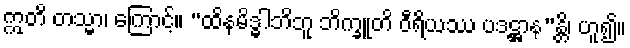
ဣတိ တသ္မာ၊ ကြောင့်။ “ထိနမိဒ္ဓါဘိဘူ ဘိက္ခူတိ ဝီရိယဿ ပဒဋ္ဌာန”န္တိ၊ ဟူ၍။